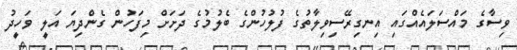
ވިސާގެ މައްސަލައެއްގައި އިނގިރޭސިވިލާތުގެ ފުލުހުންގެ ބެލުމުގެ ދަށަށް މިފަހުން ގެންދިޔަ އަލީ ވަހީދު